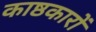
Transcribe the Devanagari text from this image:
काष्ठकारों